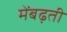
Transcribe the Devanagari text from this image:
मेंबढ़ती